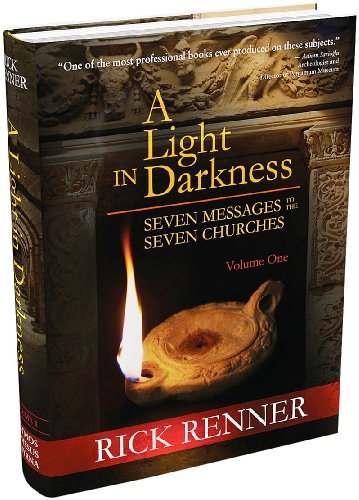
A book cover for A Light in Darkness Vol. 1: Seven Messages To The Seven Churches; Rick Renner; Christian Books & Bibles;